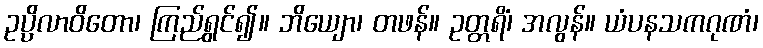
ဥပ္ပိလာဝိတော၊ ကြည်ရွှင်၍။ ဘိယျော၊ တဖန်။ ဥတ္တရိံ၊ အလွန်။ ယံပနသကဂုဏံ၊